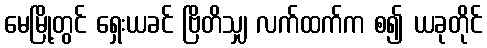
မေမြို့တွင် ရှေးယခင် ဗြိတိသျှ လက်ထက်က စ၍ ယခုတိုင်